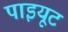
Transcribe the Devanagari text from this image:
पाइयूट